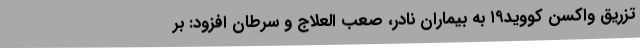
تزریق واکسن کووید۱۹ به بیماران نادر، صعب العلاج و سرطان افزود: بر